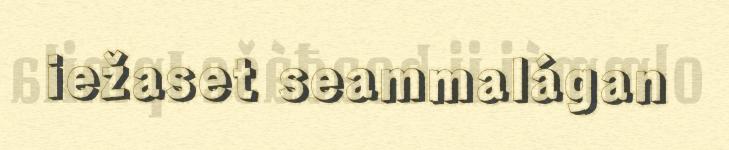
iežaset seammalágan